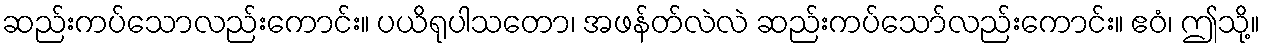
ဆည်းကပ်သောလည်းကောင်း။ ပယိရုပါသတော၊ အဖန်တ်လဲလဲ ဆည်းကပ်သော်လည်းကောင်း။ ဧဝံ၊ ဤသို့။